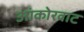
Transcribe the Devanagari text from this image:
आंकोरवाट